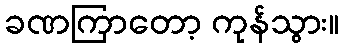
ခဏကြာတော့ ကုန်သွား။